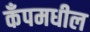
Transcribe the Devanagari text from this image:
कँपमधील